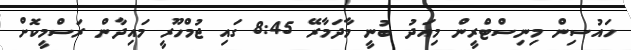
ހައުސިން މިނިސްޓްރީން މިއަދު ބުނީ މާދަމާރޭ 8:45 ގައި ޖުމްހޫރީ މައިދާން ރަސްމީކޮށް